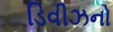
ડિવીઝનો